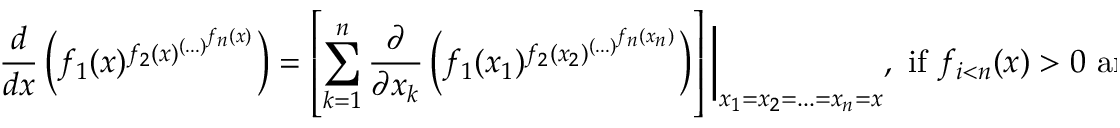
{ \frac { d } { d x } } \left( f _ { 1 } ( x ) ^ { f _ { 2 } ( x ) ^ { \left( . . . \right) ^ { f _ { n } ( x ) } } } \right) = \left[ \sum _ { k = 1 } ^ { n } { \frac { \partial } { \partial x _ { k } } } \left( f _ { 1 } ( x _ { 1 } ) ^ { f _ { 2 } ( x _ { 2 } ) ^ { \left( . . . \right) ^ { f _ { n } ( x _ { n } ) } } } \right) \right] { \biggr \vert } _ { x _ { 1 } = x _ { 2 } = . . . = x _ { n } = x } , { \mathrm { ~ i f ~ } } f _ { i < n } ( x ) > 0 { \mathrm { ~ a n d ~ } }